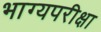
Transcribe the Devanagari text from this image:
भाग्यपरीक्षा